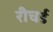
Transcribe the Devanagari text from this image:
रीचर्ड